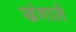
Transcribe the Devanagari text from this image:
खंगाले